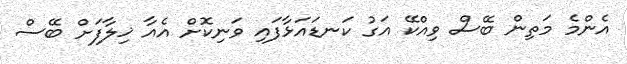
އެންމެ މަތިން ބޭސް ވިއްކޭ އަގު ކަނޑައަޅާފައި ވަނިކޮށް އެއާ ޚިލާފަށް ބޭސް